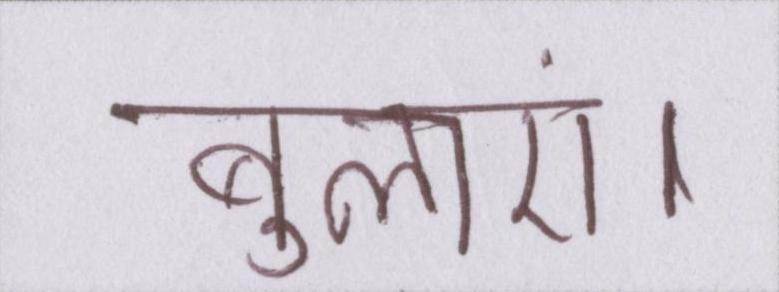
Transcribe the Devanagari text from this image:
बुलाएं।